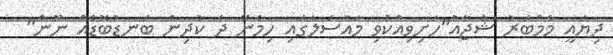
ދިޔައީ މެމްބަރު ޝުޖާއު"ހަށިވިއްކުވި މައްސަލާގައި ހިމެނޭ ދެ ކުދިން ބަނޑުބޮޑެއް ނޫން"